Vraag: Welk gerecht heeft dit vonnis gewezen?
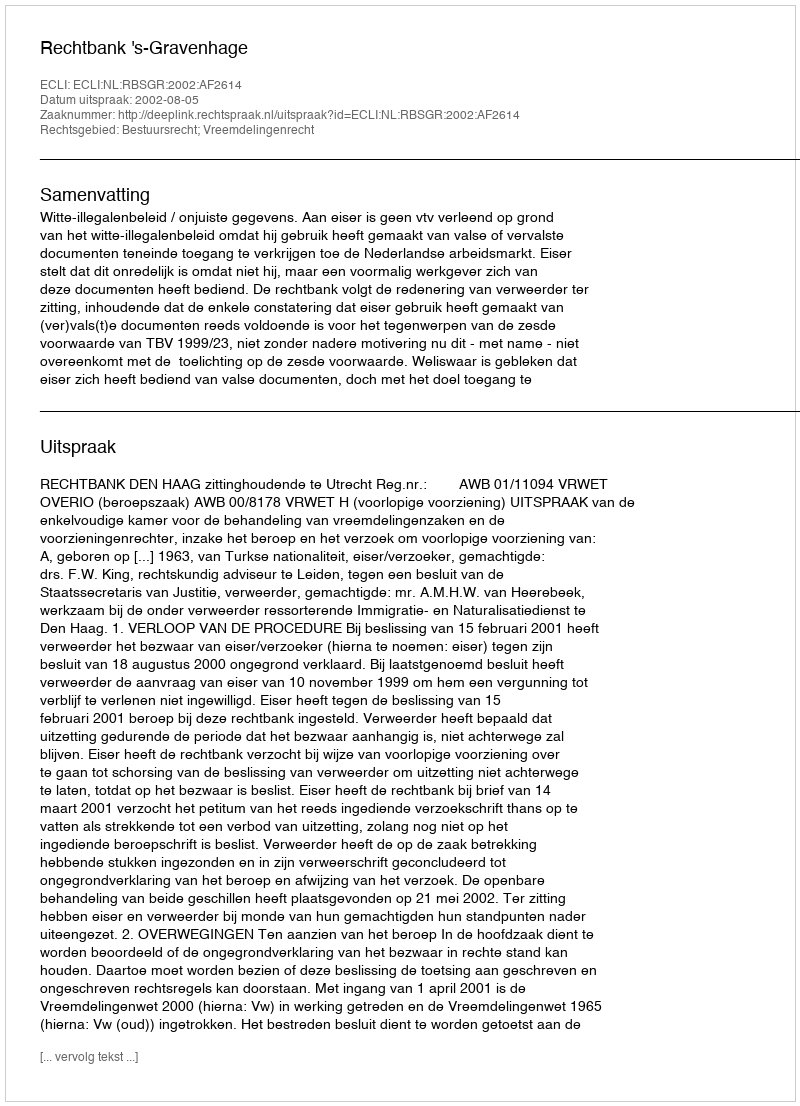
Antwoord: Rechtbank 's-Gravenhage